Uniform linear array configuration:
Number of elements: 32
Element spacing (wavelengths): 1
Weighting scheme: blackman
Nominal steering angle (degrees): -30
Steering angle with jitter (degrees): -31.291
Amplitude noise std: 0.05
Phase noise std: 0.05

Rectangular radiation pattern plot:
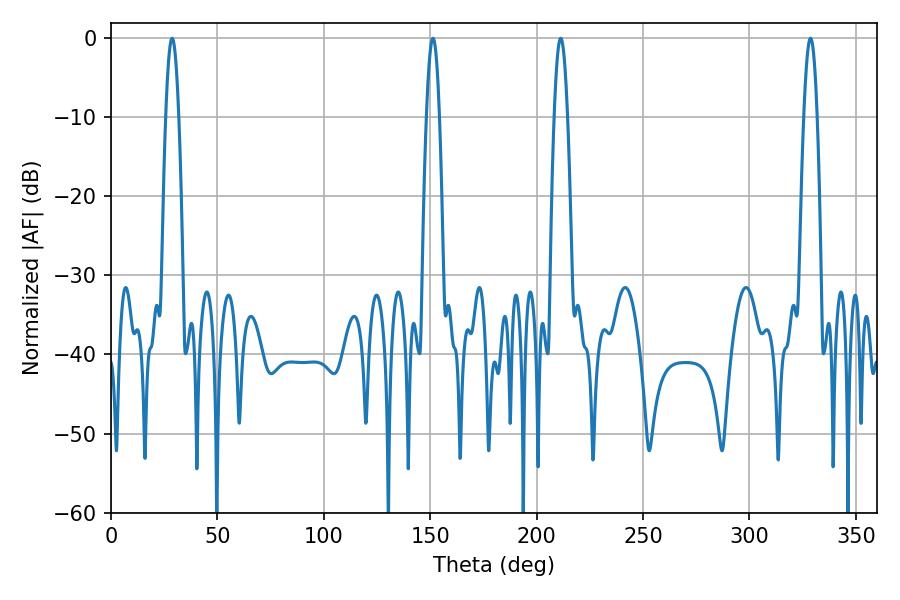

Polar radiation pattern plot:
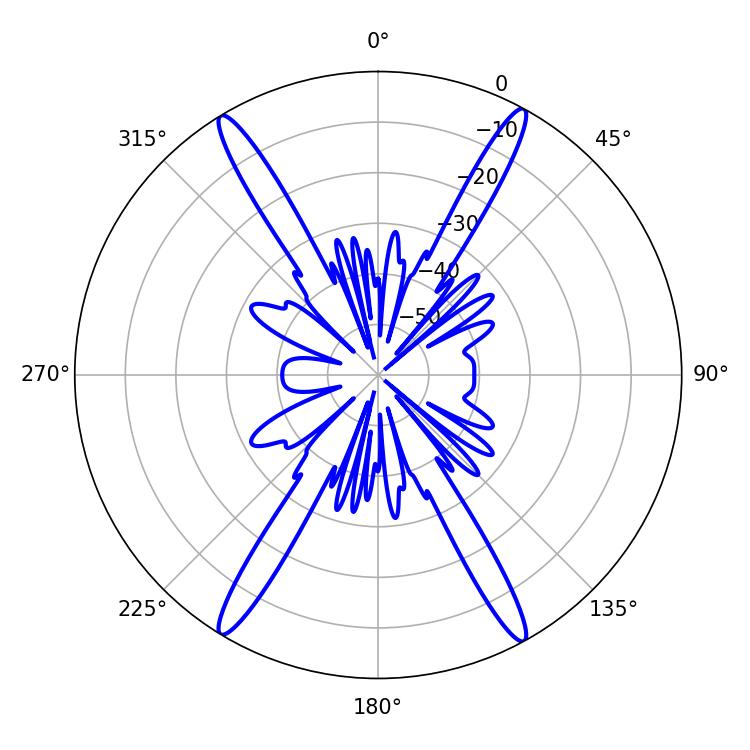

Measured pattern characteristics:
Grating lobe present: TRUE
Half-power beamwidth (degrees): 3.24
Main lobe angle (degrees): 328.68